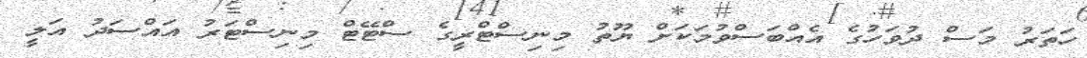
ހަތަރު މަސް ދުވަހުގެ އެއްބަސްވުމަކަށް ޔޫތު މިނިސްޓްރީގެ ސްޓޭޓް މިނިސްޓަރު އައްސަދު އަލީ